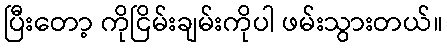
ပြီးတော့ ကိုငြိမ်းချမ်းကိုပါ ဖမ်းသွားတယ်။